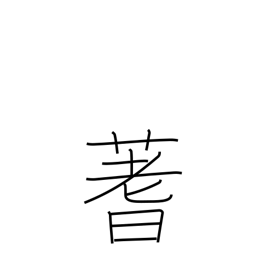
Meaning: stalks used for divination